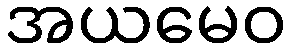
အယမေဝ